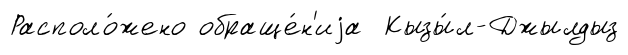
Располо́жено обраще́н'иjа Кызы́л-Джылдыз